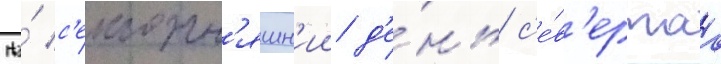
На́ с'егодн'яшн'ии д'е́нь с'е́в'ернаа